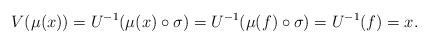
LaTeX: \begin{align*}V(\mu(x))=U^{-1}(\mu(x)\circ \sigma)=U^{-1}(\mu(f)\circ \sigma)=U^{-1}(f)=x.\end{align*}